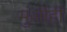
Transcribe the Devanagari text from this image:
मुंजीही